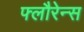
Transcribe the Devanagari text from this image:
फ्लौरेन्स